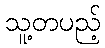
သူ့တပည့်